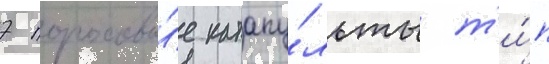
7 пороховы́е катапу́льты т'и́п